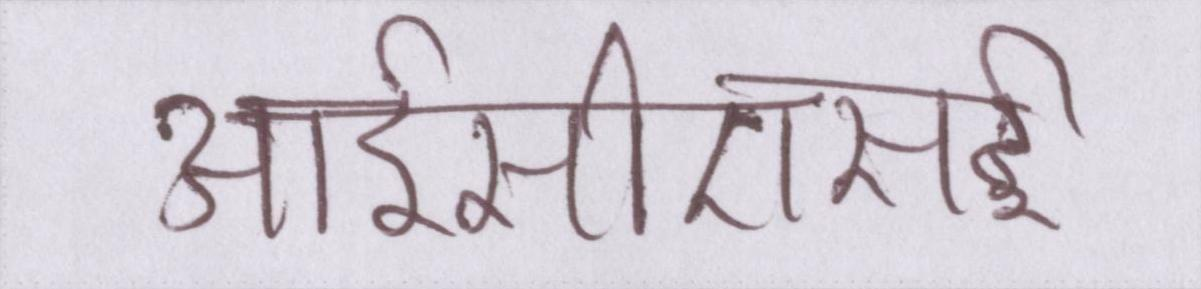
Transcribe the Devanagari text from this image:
आईसीएसई